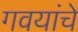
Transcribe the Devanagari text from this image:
गवयांचे